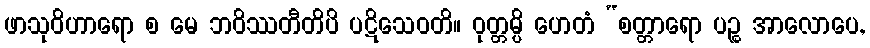
ဖာသုဝိဟာရော စ မေ ဘဝိဿတီတိပိ ပဋိသေဝတိ။ ဝုတ္တမ္ပိ ဟေတံ “စတ္တာရော ပဉ္စ အာလောပေ,